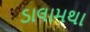
ડાલામથા